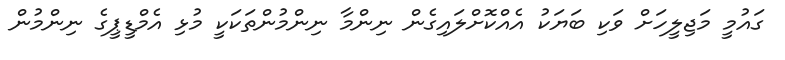
ގައުމީ މަޖިލީހަށް ވަކި ބަޔަކު އެއްކޮށްލައިގެން ނިންމާ ނިންމުންތަކަކީ މުޅި އެމްޑީޕީގެ ނިންމުން